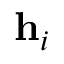
\mathbf { h } _ { i }